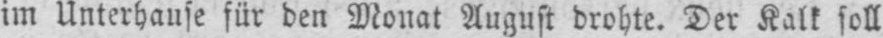
im Unterhause für den Monat August drohte. Der Kalk soll